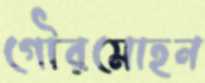
গৌরমোহন